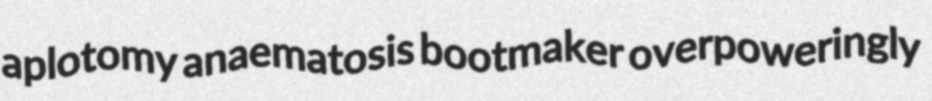
aplotomy anaematosis bootmaker overpoweringly